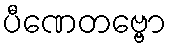
ပီဏေတဗ္ဗော